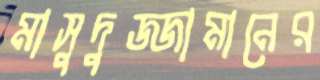
মাসুদুজ্জামানের